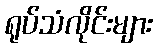
ရုပ်သံလိုင်းများ